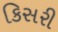
કિસરી